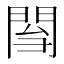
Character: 𨴌